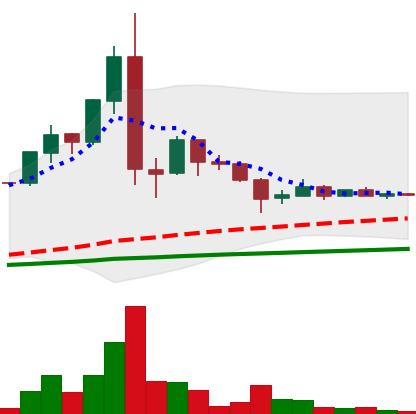
Ticker: LTC-USD
Chart end date: 2015-07-23
Forward return: 33.663%
Label: up_7plus